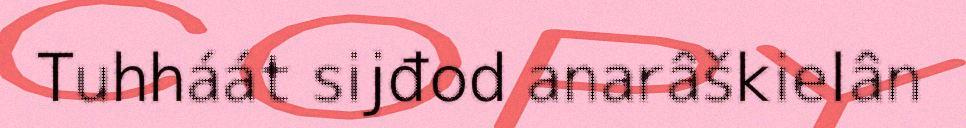
Tuhháát sijđod anarâškielân